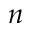
n